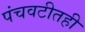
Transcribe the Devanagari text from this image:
पंचवटीतही